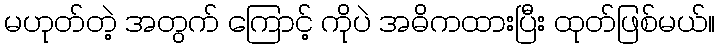
မဟုတ်တဲ့ အတွက် ကြောင့် ကိုပဲ အဓိကထားပြီး ထုတ်ဖြစ်မယ်။